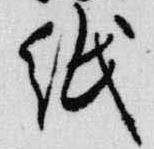
紙